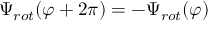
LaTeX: \Psi _ { r o t } ( \varphi + 2 \pi ) = - \Psi _ { r o t } ( \varphi )